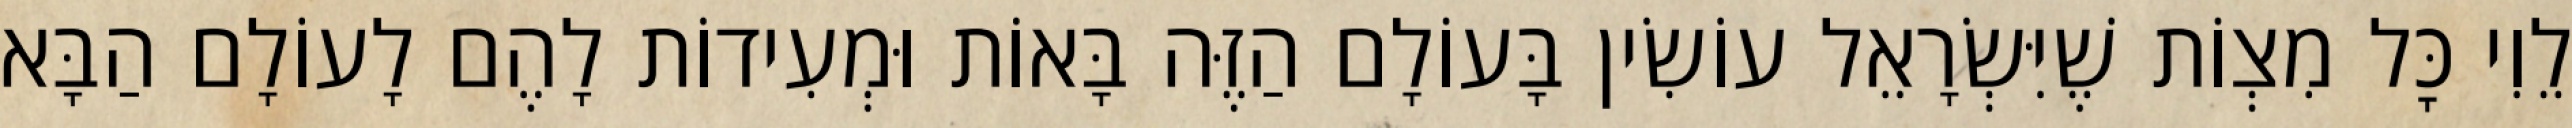
לֵוִי כׇּל מִצְוֹת שֶׁיִּשְׂרָאֵל עוֹשִׂין בָּעוֹלָם הַזֶּה בָּאוֹת וּמְעִידוֹת לָהֶם לָעוֹלָם הַבָּא